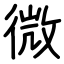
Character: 微